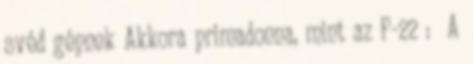
svéd gépnek Akkora primadonna, mint az F-22 : A